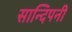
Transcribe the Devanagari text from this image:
सान्दिपनी